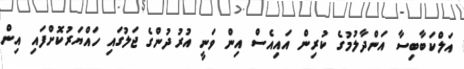
އަލްކަބާބިސާ އަންދާލުމުގެ ކުރިން އައިއެސް އިން ވަނީ އުރުދުންގެ ޖަލުގައި ހައްޔަރުކޮށްފައި އިން